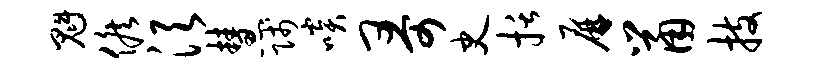
魁候须慧贱啖哥史括屏鼠技